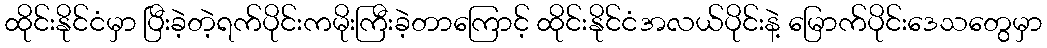
ထိုင်းနိုင်ငံမှာ ပြီးခဲ့တဲ့ရက်ပိုင်းကမိုးကြီးခဲ့တာကြောင့် ထိုင်းနိုင်ငံအလယ်ပိုင်းနဲ့ မြောက်ပိုင်းဒေသတွေမှာ